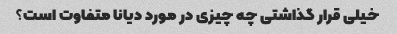
خیلی قرار گذاشتی چه چیزی در مورد دیانا متفاوت است؟